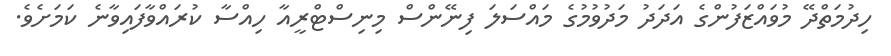
ހިދުމަތްދޭ މުވައްޒަފުންގެ އަދަދު މަދުވުމުގެ މައްސަލަ ފިނޭންސް މިނިސްޓްރީއާ ހިއްސާ ކުރައްވާފައިވާނެ ކަމަށެވެ.